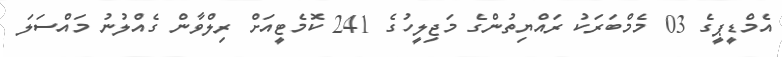
އެމްޑީޕީގެ 03 މެމްބަރަކު ރައްޔިތުންގެ މަޖިލީހުގެ 241 ކޮމެޓީއަށް ރިލްވާން ގެއްލުނު މައްސަލަ